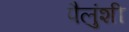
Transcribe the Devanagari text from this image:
पैलुंशी